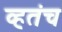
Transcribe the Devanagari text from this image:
व्हतंच